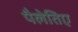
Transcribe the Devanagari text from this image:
पैलेतिए